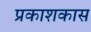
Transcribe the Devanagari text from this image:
प्रकाशकास